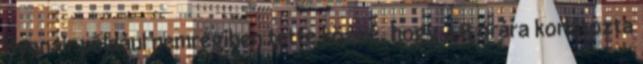
Ryanair például nemrégiben tette közzé, hogy 48 órára korlátozta